Annual report of the Imperial Bacteriological Laboratory, Muktesar
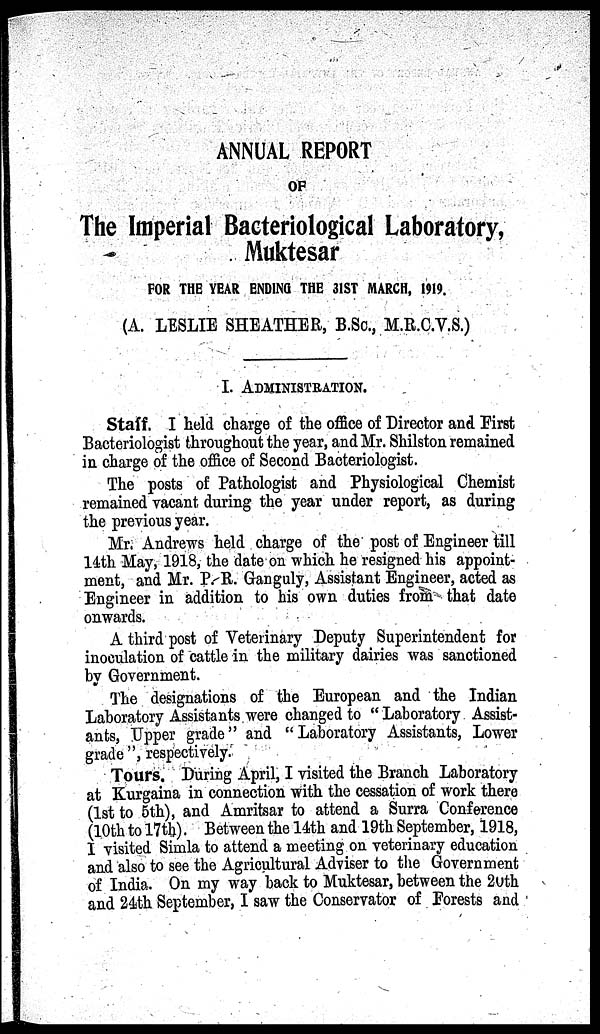
ANNUAL REPORT
OF
The Imperial Bacteriological Laboratory,
Muktesar
FOR THE YEAR ENDING THE 31ST MARCH, 1919.
(A. LESLIE SHEATHER, B.Sc., M.R.C.V.S.)
I. ADMINISTRATION.
Staff. I held charge of the office of Director and First
Bacteriologist throughout the year, and Mr. Shilston remained
in charge of the office of Second Bacteriologist.
The posts of Pathologist and Physiological Chemist
remained vacant during the year under report, as during
the previous year.
Mr. Andrews held charge of the post of Engineer till
14th May, 1918, the date on which he resigned his appoint-
ment, and Mr. P. R. Ganguly, Assistant Engineer, acted as
Engineer in addition to his own duties from that date
onwards.
A third post of Veterinary Deputy Superintendent for
inoculation of cattle in the military dairies was sanctioned
by Government.
The designations of the European and the Indian
Laboratory Assistants were changed to " Laboratory Assist-
ants, Upper grade" and "Laboratory Assistants, Lower
grade ", respectively.
Tours. During April, I visited the Branch Laboratory
at Kurgaina in connection with the cessation of work there
(1st to 5th), and Amritsar to attend a Surra Conference
(10th to 17th). Between the 14th and 19th September, 1918,
I visited Simla to attend a meeting on veterinary education
and also to see the Agricultural Adviser to the Government
of India. On my way back to Muktesar, between the 20th
and 24th September, I saw the Conservator of Forests and